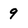
Character: 9